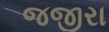
જજીરા